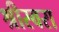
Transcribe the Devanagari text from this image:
श्रीस्वरा